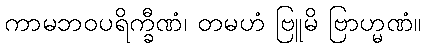
ကာမဘဝပရိက္ခီဏံ၊ တမဟံ ဗြူမိ ဗြာဟ္မဏံ။